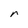
Character: r